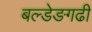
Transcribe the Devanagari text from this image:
बल्डेङगढी